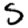
Digit: 5